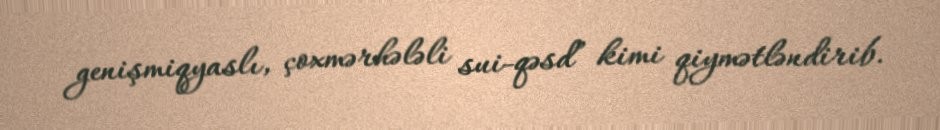
genişmiqyaslı, çoxmərhələli sui-qəsd” kimi qiymətləndirib.